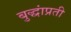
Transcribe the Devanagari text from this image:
बुद्धांप्रती